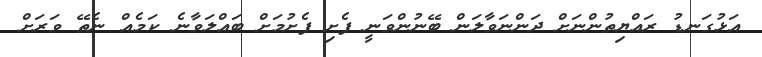
އަޅުގަނޑު ރައްޔިތުންނަށް ދަންނަވާލަން ބޭނުންވަނީ ފެށި ފެށުމަށް ބައްލަވާނެ ކަމެއް ނެތޭ ވަރަށް